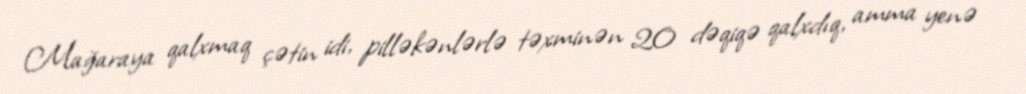
Mağaraya qalxmaq çətin idi, pilləkənlərlə təxminən 20 dəqiqə qalxdıq, amma yenə